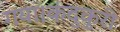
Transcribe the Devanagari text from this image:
गया।कंदुकुरी